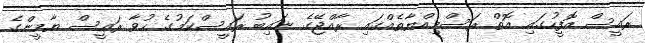
ރައީސް އޮފީހުގައި އޮތް ރަސްމިއްޔާތެއްގައި ރާއްޖޭގެ ނައިބު ރައީސްކަމުގެ ހުވާ ރައީސް ޔާމީންގެ